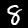
Digit: 8